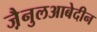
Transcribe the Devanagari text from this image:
जै़नुलआबेदीन